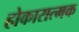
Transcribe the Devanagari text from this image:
होकारात्मक